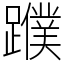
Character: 𨆯